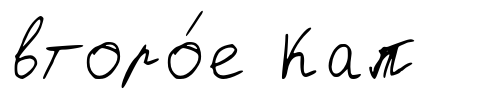
второ́е Кап